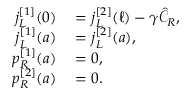
\begin{array} { r l } { j _ { L } ^ { [ 1 ] } ( 0 ) } & { { } = j _ { L } ^ { [ 2 ] } ( \ell ) - \gamma \hat { \mathcal { C } } _ { R } , } \\ { j _ { L } ^ { [ 1 ] } ( a ) } & { { } = j _ { L } ^ { [ 2 ] } ( a ) , } \\ { p _ { R } ^ { [ 1 ] } ( a ) } & { { } = 0 , } \\ { p _ { R } ^ { [ 2 ] } ( a ) } & { { } = 0 . } \end{array}